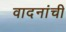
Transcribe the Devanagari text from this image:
वादनांची